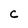
Character: C